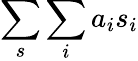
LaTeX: \sum_{s}\sum_{i}a_{i}s_{i}